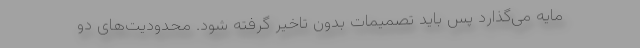
مایه می‌گذارد پس باید تصمیمات بدون تاخیر گرفته شود. محدودیت‌های دو